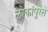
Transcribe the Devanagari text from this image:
लोकांपुरते